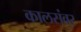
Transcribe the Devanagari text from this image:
कालसंवर